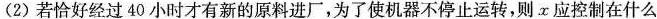
(2)若恰好经过40小时才有新的原料进厂，为了使机器不停止运转，则x应控制在什么